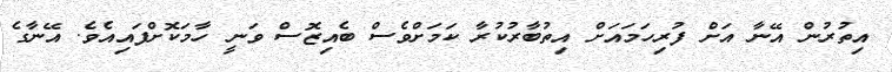
އިތުރުން އޭނާ އަށް ފުރިހަމައަށް އިތުބާރުކުރާ ކަމަށްވެސް ބެއިޒޮސް ވަނީ ހާމަކޮށްފައިއެވެ. އޭނާގެ